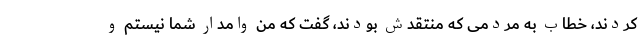
کردند، خطاب به مردمی که منتقدش بودند، گفت که من وامدار شما نیستم و